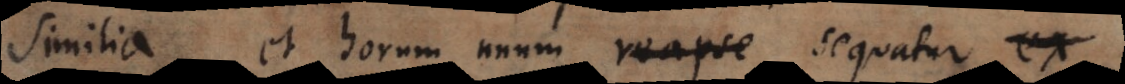
similia, et horum unum sequatu